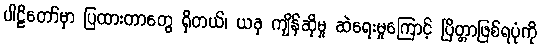
ပါဠိတော်မှာ ပြထားတာတွေ ရှိတယ်၊ ယခု ကျိန်ဆိုမှု ဆဲရေးမှုကြောင့် ပြိတ္တာဖြစ်ရပုံကို